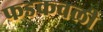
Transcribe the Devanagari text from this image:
फडकवली